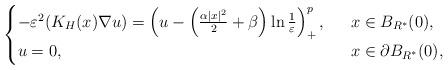
LaTeX: \begin{align*}\begin{cases}-\varepsilon^2(K_H(x)\nabla u)= \left(u-\left( \frac{\alpha|x|^2}{2}+\beta\right)\ln\frac{1}{\varepsilon}\right)^{p}_+,\ \ &x\in B_{R^*}(0),\\u=0,\ \ &x\in\partial B_{R^*}(0),\end{cases}\end{align*}